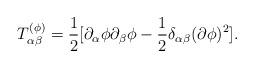
LaTeX: \begin{align*}T_{\alpha\beta}^{(\phi)}={1\over 2}[\partial_\alpha\phi\partial_\beta\phi-{1\over 2}\delta_{\alpha\beta}(\partial\phi)^2].\end{align*}